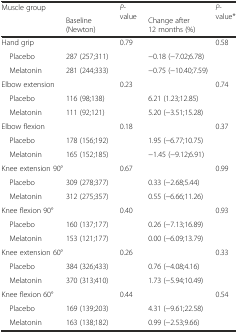
| <ROWSPAN=2> Muscle group |  | <ROWSPAN=2> P-value |  | <ROWSPAN=2> P-value* |
 | Baseline (Newton) | Change after 12 months (%) |
 | --- | --- | --- | --- | --- |
 | Hand grip |  | 0.79 |  | 0.58 |
 | Placebo | 287 (257;311) |  | −0.18 (−7.02;6.78) |  |
 | Melatonin | 281 (244;333) |  | <COLSPAN=2> −0.75 (−10.40;7.59) |
 | Elbow extension |  | 0.23 |  | 0.74 |
 | Placebo | 116 (98;138) |  | <COLSPAN=2> 6.21 (1.23;12.85) |
 | Melatonin | 111 (92;121) |  | <COLSPAN=2> 5.20 (−3.51;15.28) |
 | Elbow flexion |  | 0.18 |  | 0.37 |
 | Placebo | 178 (156;192) |  | <COLSPAN=2> 1.95 (−6.77;10.75) |
 | Melatonin | 165 (152;185) |  | <COLSPAN=2> −1.45 (−9.12;6.91) |
 | <COLSPAN=2> Knee extension 90° | 0.67 |  | 0.99 |
 | Placebo | 309 (278;377) |  | <COLSPAN=2> 0.33 (−2.68;5.44) |
 | Melatonin | 312 (275;357) |  | <COLSPAN=2> 0.55 (−6.66;11.26) |
 | Knee flexion 90° |  | 0.40 |  | 0.93 |
 | Placebo | 160 (137;177) |  | <COLSPAN=2> 0.26 (−7.13;16.89) |
 | Melatonin | 153 (121;177) |  | <COLSPAN=2> 0.00 (−6.09;13.79) |
 | <COLSPAN=2> Knee extension 60° | 0.26 |  | 0.33 |
 | Placebo | 384 (326;433) |  | <COLSPAN=2> 0.76 (−4.08;4.16) |
 | Melatonin | 370 (313;410) |  | <COLSPAN=2> 1.73 (−5.94;10.49) |
 | Knee flexion 60° |  | 0.44 |  | 0.54 |
 | Placebo | 169 (139;203) |  | <COLSPAN=2> 4.31 (−9.61;22.58) |
 | Melatonin | 163 (138;182) |  | <COLSPAN=2> 0.99 (−2.53;9.66) |